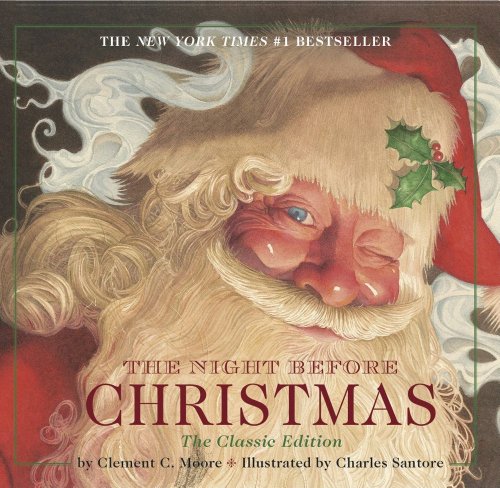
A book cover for Night Before Christmas board book: The Classic Edition; Clement Clarke Moore; Children's Books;